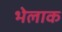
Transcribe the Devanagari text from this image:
भेलाक